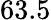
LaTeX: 63.5